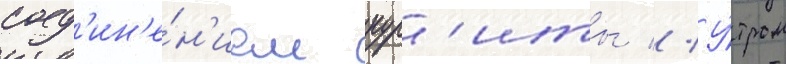
соед'ин'е́н'ием кур'иты // У́тром